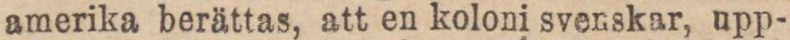
amerika berättas, att en koloni svenskar, upp-